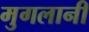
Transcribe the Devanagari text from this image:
मुगलानी